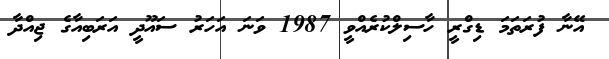
އޭނާ ފުރަތަމަ ޑިގްރީ ހާސިލްކުރެއްވީ 1987 ވަނަ އަހަރު ސައޫދީ އަރަބިއާގެ ޖިއްދާ